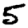
Digit: 5